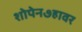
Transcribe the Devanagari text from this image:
शोपेन७हावर